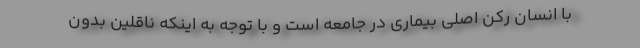
با انسان رکن اصلی بیماری در جامعه است و با توجه به اینکه ناقلین بدون